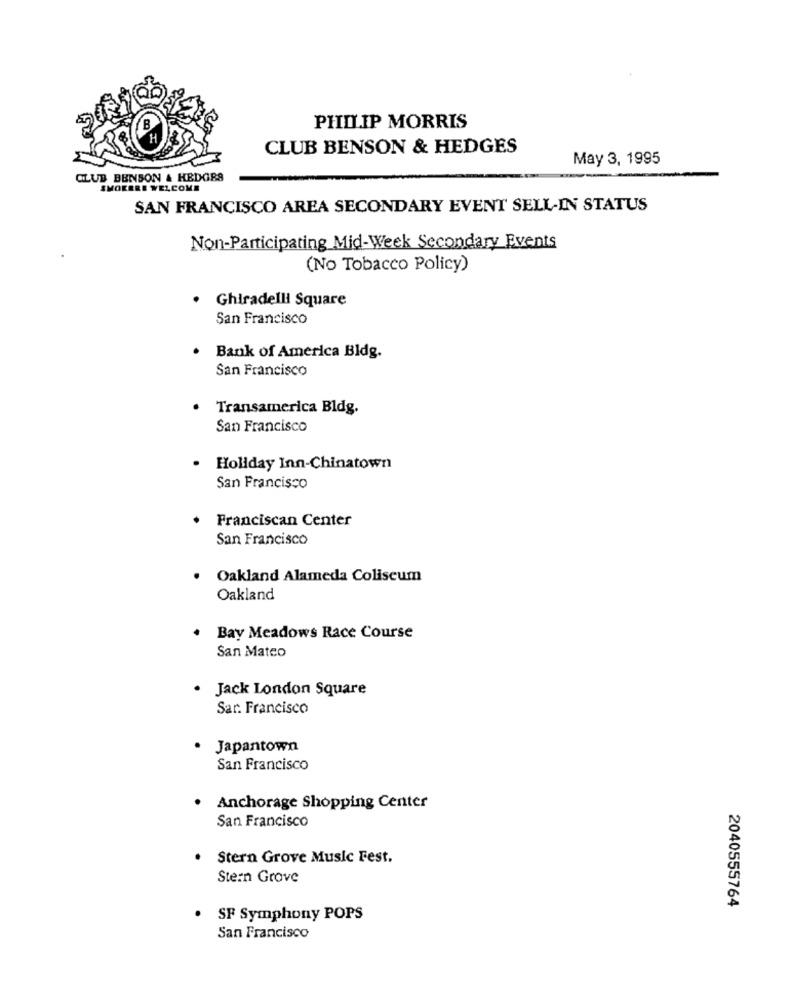
PHILIP MORRIS
CLUB BENSON & HEDGES
May 3, 1995
CLUB BENSON & HEDGES
SMOKERE WELCOME
SAN FRANCISCO AREA SECONDARY EVENT SELL-IN STATUS
Non-Participating Mid-Week Secondary Events
(No Tobacco Policy)
Ghiradelli Square
San Francisco
· Bank of America Bldg.
San Francisco
Transamerica Bldg.
San Francisco
· Holiday Inn-Chinatown
San Francisco
Franciscan Center
San Francisco
· Oakland Alameda Coliseum
Oakland
Bay Meadows Race Course
San Mateo
· Jack London Square
Sar. Francisco
Japantown
San Francisco
· Anchorage Shopping Center
San Francisco
. Stern Grove Music Fest.
Stern Grove
2040555764
. SF Symphony POPS
San Francisco